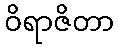
ဝိရာဇိတာ